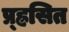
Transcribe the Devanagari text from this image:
प्र्ह्रसित